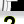
Digit: 2